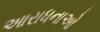
આરાધનાઓ